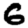
Digit: 6